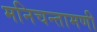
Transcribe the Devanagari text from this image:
मनिचन्तामणी